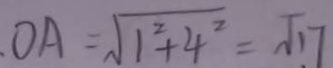
. O A = \sqrt { 1 ^ { 2 } + 4 ^ { 2 } } = \sqrt { 1 7 }